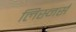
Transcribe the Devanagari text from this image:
लिस्नर्स